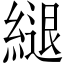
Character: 𦄁